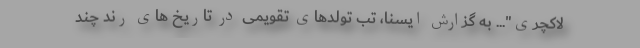
لاکچری"... به گزارش ایسنا، تب تولدهای تقویمی در تاریخ های رُند چند